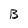
Character: B